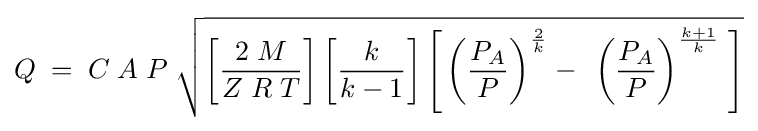
Q\;=\;C\;A\;P\;{\sqrt {\left[{\frac {2\;M}{Z\;R\;T}}\right]\left[{\frac {k}{k-1}}\right]\left[\,\left({\frac {P_{A}}{P}}\right)^{\frac {2}{k}}-\;\,\left({\frac {P_{A}}{P}}\right)^{\frac {k+1}{k}}\;\right]}}